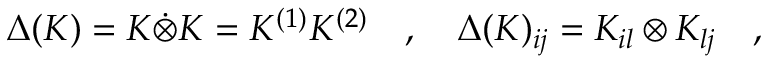
\Delta ( K ) = K \dot { \otimes } K = K ^ { ( 1 ) } K ^ { ( 2 ) } \quad , \quad \Delta ( K ) _ { i j } = K _ { i l } \otimes K _ { l j } \quad ,